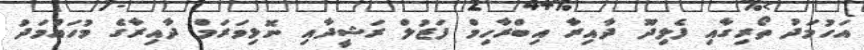
އަހުމަދު ތޯރިގާއި ފެލިދޫ ދާއިރާ އިބްރާހިމް ފަޒުލް ރަޝީދާއި ނޮޅިވަރަމް ދާއިރާގެ މުހައްމަދު